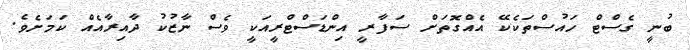
ބުނީ ގެސްޓް ހައުސްތަކެކޭ އެއްގޮތަށް ސަފާރީ އިންޑަސްޓްރީއަކީ ވެސް ނާޒުކު ދާއިރާއެއް ކަމަށެވެ.